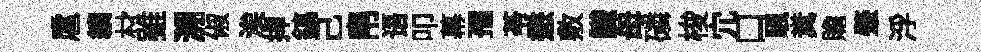
扈績材雖溯俶涘捍鎬己帛语叩幕孺苓懋敷䜟母磷梭宂口颿糞贍肇浮